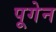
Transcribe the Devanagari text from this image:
पूगेन